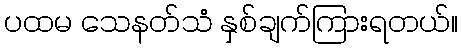
ပထမ သေနတ်သံ နှစ်ချက်ကြားရတယ်။